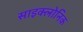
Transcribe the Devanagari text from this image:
साइक्लोनिक